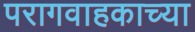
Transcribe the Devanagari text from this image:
परागवाहकाच्या